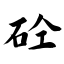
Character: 砼